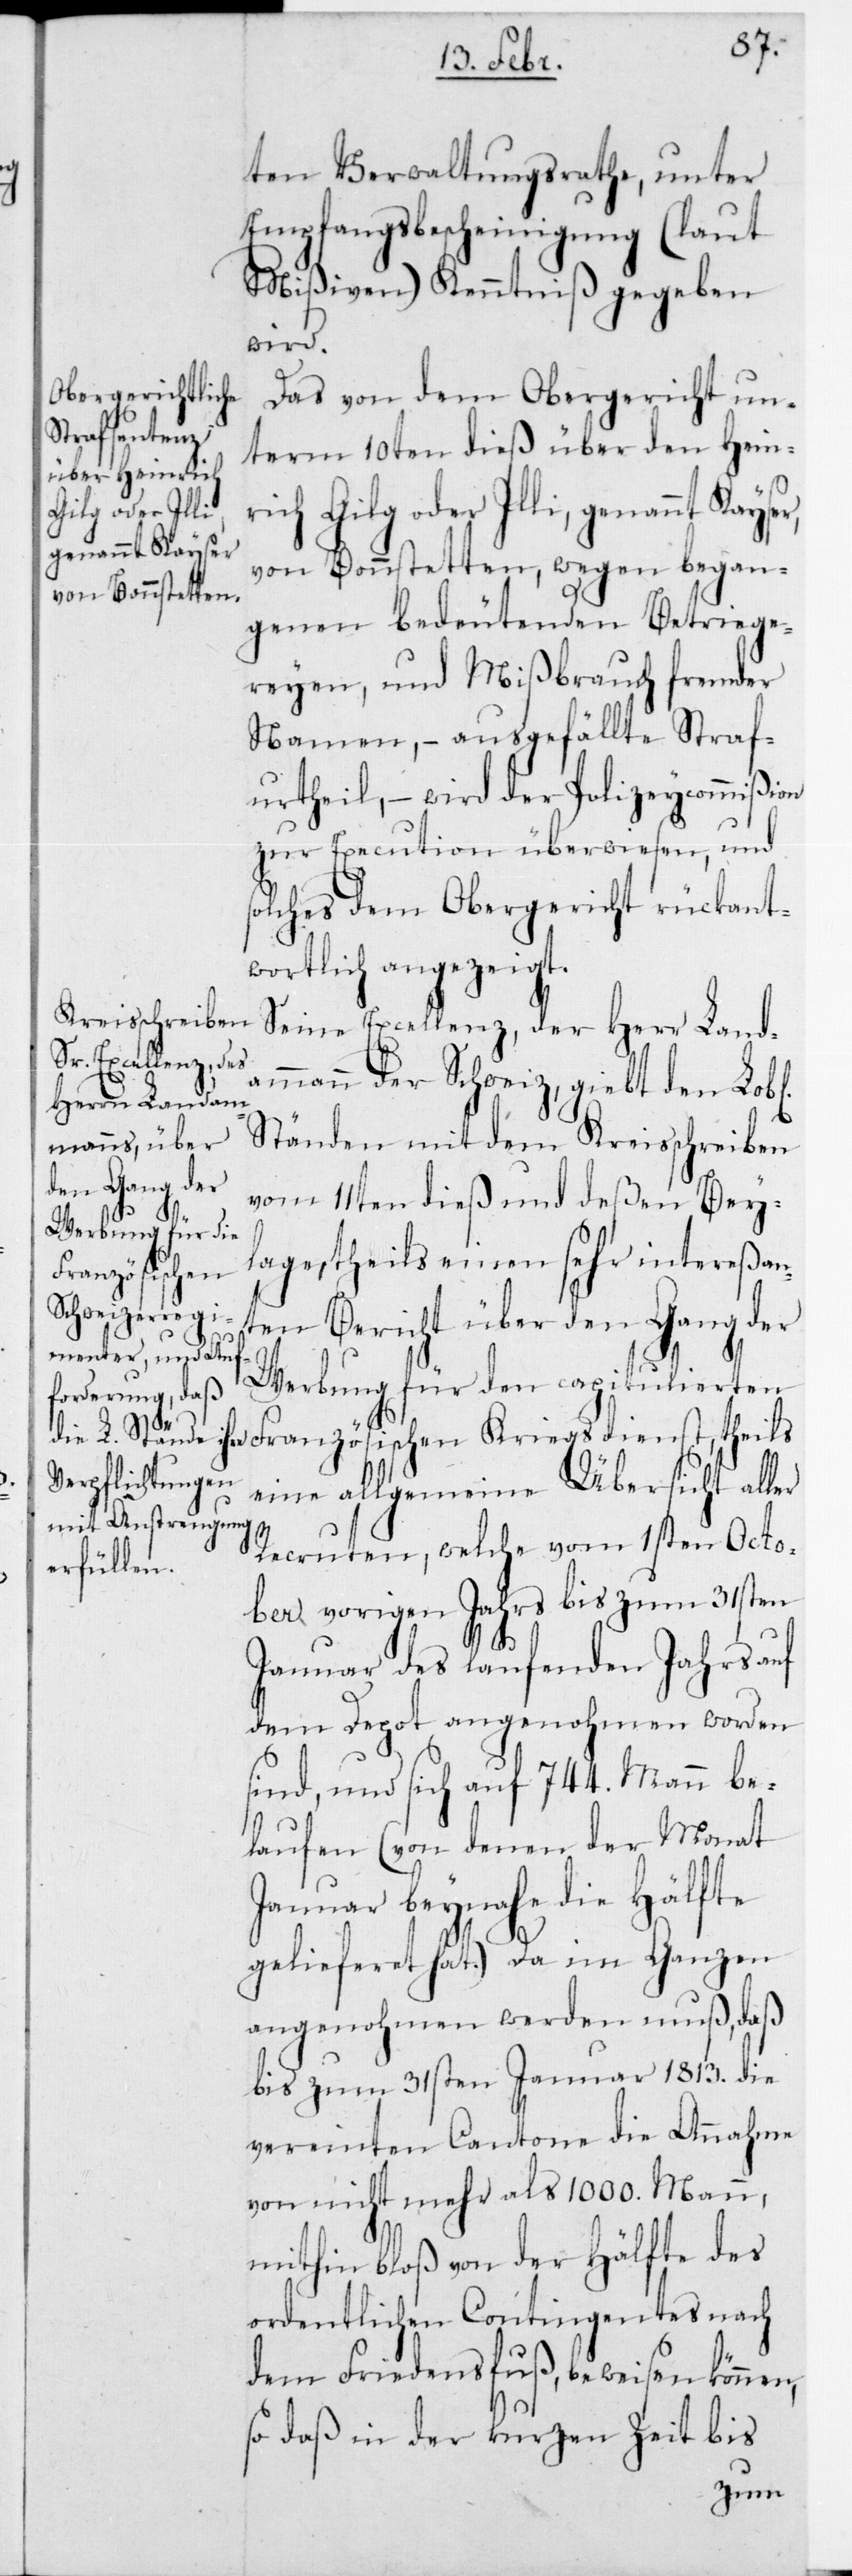
Gilg oder Illi,
genannt Kayser,

ich
ten Verwaltungsrathe, unter
Empfangsbescheinigung (laut
Mißiven) Kenntniß gegeben
wird.
Das von dem Obergericht un¬
term 10ten dieß über den Heinr¬
von Bonstetten, wegen began¬
genen bedeutenden Betriege¬
reyen, und Mißbrauch fremder
Namen, – ausgefällte Straf¬
urtheil, – wird der Polizey-Commißion
zur Execution überwiesen, und
solches dem Obergericht rückant¬
wortlich angezeigt.
Seine Excellenz, der Herr Land¬
ammann der Schweiz, gibt den Lobl.
Ständen mit dem Kreisschreiben
vom 11ten dieß und deßen Bey¬
lage, theils einen sehr intereßan¬
ten Bericht über den Gang der
Werbung für den capitulierten
Französischen Kriegsdienst, theils
eine allgemeine Übersicht aller
Recruten, welche vom 1sten Octo¬
ber vorigen Jahrs bis zum 31sten
Januar des laufenden Jahres auf
dem Depot angenohmen worden
sind, und sich auf 744 Mann be¬
laufen (von denen der Monat
Januar beynahe die Hälfte
gelieferet hat). Da im Ganzen
angenohmen werden muß, daß
bis zum 31sten Januar 1813 die
vereinten Cantone die Annahme
von nicht mehr als 1000 Mann,
mithin bloß von der Hälfte des
ordentlichen Contingentes nach
dem Friedensfuß, beweisen können,
so daß in der kurzen Zeit bis